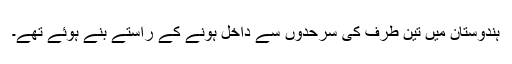
ہندوستان میں تین طرف کی سرحدوں سے داخل ہونے کے راستے بنے ہوئے تھے۔